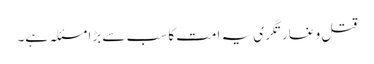
قتل و غارتگری یہ امت کا سب سے بڑا مسئلہ ہے۔